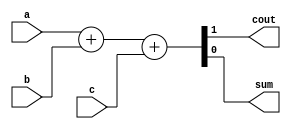
// Full Adder
module FA(cout, sum, a, b, c);
	input a, b, c;
	output cout, sum;
	assign {cout, sum} = a + b + c;
endmodule